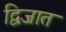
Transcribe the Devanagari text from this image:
द्विजात